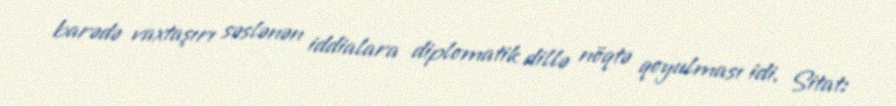
barədə vaxtaşırı səslənən iddialara diplomatik dillə nöqtə qoyulması idi. Sitat: